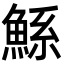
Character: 鯀